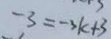
- 3 = - 3 k + 3